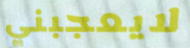
لايعجبني